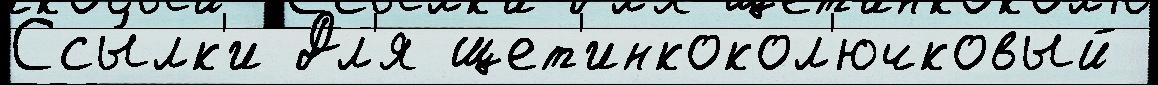
Ссы́лк'и Дл'я щет'инкокол'ючковый